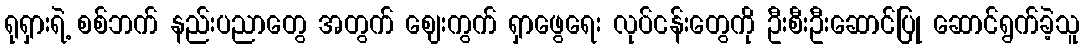
ရုရှားရဲ့ စစ်ဘက် နည်းပညာတွေ အတွက် ဈေးကွက် ရှာဖွေရေး လုပ်ငန်းတွေကို ဦးစီးဦးဆောင်ပြု ဆောင်ရွက်ခဲ့သူ